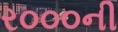
ર૦૦૦ની